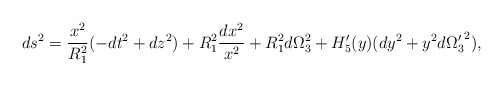
\begin{align*}ds^2 = {x^2\over R_1^{2}}(-dt^2 + dz^2) + R_1^{2} {dx^2\over x^2} +R_1^{2}d\Omega_3^{2} + H'_5(y)(dy^2 + y^2 d{\Omega'_3}^{2}),\end{align*}